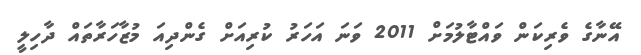
އޭނާގެ ވެރިކަން ވައްޓާލުމަށް 2011 ވަނަ އަހަރު ކުރިއަށް ގެންދިއަ މުޒާހަރާތައް ދާހިލީ